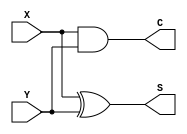
module Half_Add(X,Y,S,C);
output S,C;
input X,Y;

xor(S,X,Y);
and(C,X,Y);
endmodule

module Full_Add(X,Y,Z,S,C);
output S,C;
input X,Y,Z;
wire D1,D2,D3;

Half_Add H1(X,Y,D3,D1);
Half_Add H2(D3,Z,S,D2);
or(C,D1,D2);

endmodule